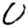
Digit: 0